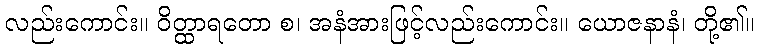
လည်းကောင်း။ ဝိတ္ထာရတော စ၊ အနံအားဖြင့်လည်းကောင်း။ ယောဇနာနံ၊ တို့၏။